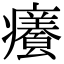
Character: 𭼸